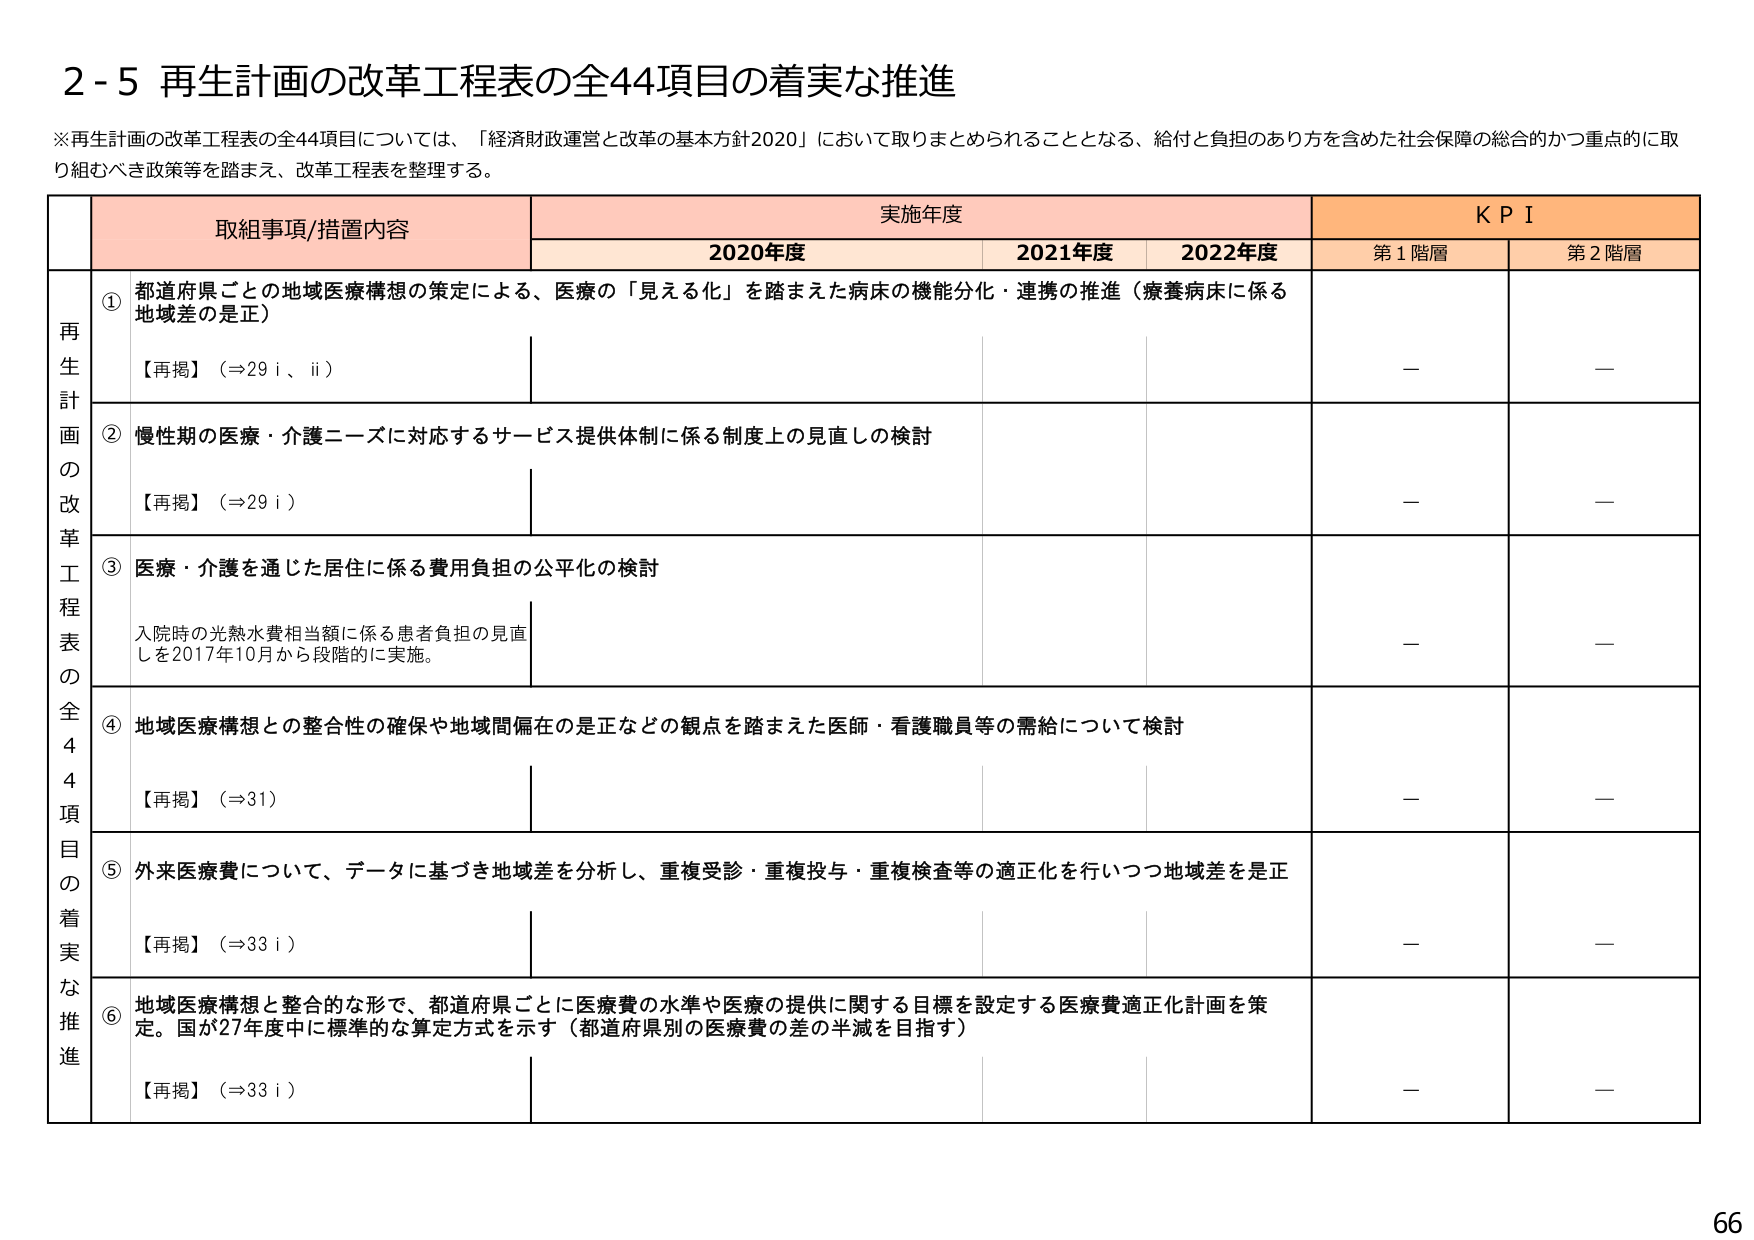
2-5 再生計画の改革工程表の全44項目の着実な推進

※再生計画の改革工程表の全44項目については、「経済財政運営と改革の基本方針2020」において取りまとめられることとなる、給付と負担のあり方を含めた社会保障の総合的かつ重点的に取り組むべき政策等を踏まえ、改革工程表を整理する。

取組事項/措置内容 実施年度 KPI
2020年度 2021年度 2022年度 第1階層 第2階層

再生計画の改革工程表の全44項目の着実な推進

① 都道府県ごとの地域医療構想の策定による、医療の「見える化」を踏まえた病床の機能分化・連携の推進（療養病床に係る地域差の是正）
【再掲】（⇒29 i、ii）

② 慢性期の医療・介護ニーズに対応するサービス提供体制に係る制度上の見直しの検討
【再掲】（⇒29 i）

③ 医療・介護を通じた居住に係る費用負担の公平化の検討
入院時の光熱水費相当額に係る患者負担の見直しを2017年10月から段階的に実施。

④ 地域医療構想との整合性の確保や地域間偏在の是正などの観点を踏まえた医師・看護職員等の需給について検討
【再掲】（⇒31）

⑤ 外来医療費について、データに基づき地域差を分析し、重複受診・重複投与・重複検査等の適正化を行いつつ地域差を是正
【再掲】（⇒33 i）

⑥ 地域医療構想と整合的な形で、都道府県ごとに医療費の水準や医療の提供に関する目標を設定する医療費適正化計画を策定。国が27年度中に標準的な算定方式を示す（都道府県別の医療費の差の半減を目指す）
【再掲】（⇒33 i）

66